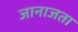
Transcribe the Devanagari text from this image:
जानाजता